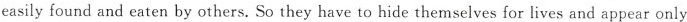
easily found and eaten by others. So they have to hide themselves for lives and appear only